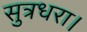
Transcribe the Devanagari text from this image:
सुत्रधरा।